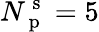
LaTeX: N_{\mathrm{~p~}}^{\mathrm{~s~}}=5